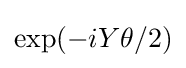
\exp(-iY\theta /2)